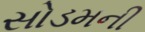
સોડમની